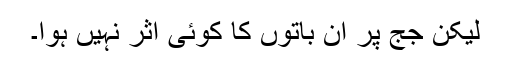
لیکن جج پر ان باتوں کا کوئی اثر نہیں ہوا۔